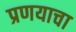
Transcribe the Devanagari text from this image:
प्रणयाचा